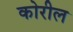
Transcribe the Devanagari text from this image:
कोरील